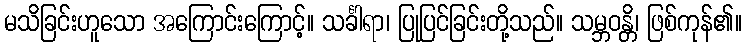
မသိခြင်းဟူသော အကြောင်းကြောင့်။ သင်္ခါရာ၊ ပြုပြင်ခြင်းတို့သည်။ သမ္ဘဝန္တိ၊ ဖြစ်ကုန်၏။